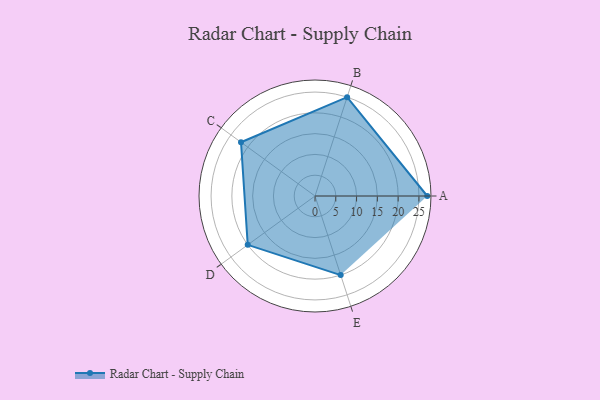
{"axis": {"x": "Skill", "y": "Score"}, "legend": ["Profile"], "data": [{"x": "A", "y": 27.0, "type": "Profile"}, {"x": "B", "y": 25.0, "type": "Profile"}, {"x": "C", "y": 22.0, "type": "Profile"}, {"x": "D", "y": 20, "type": "Profile"}, {"x": "E", "y": 20, "type": "Profile"}]}